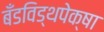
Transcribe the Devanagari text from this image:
बँडविड्थपेक्षा